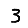
Digit: 3